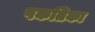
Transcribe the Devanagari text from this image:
पकतिका